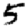
Digit: 5